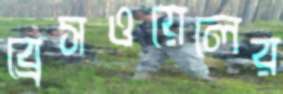
ব্রেসওয়েলের